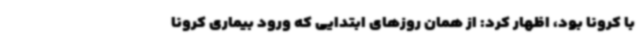
با کرونا بود، اظهار کرد: از همان روزهای ابتدایی که ورود بیماری کرونا